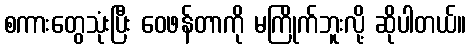
စကားတွေသုံးပြီး ဝေဖန်တာကို မကြိုက်ဘူးလို့ ဆိုပါတယ်။